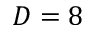
D = 8